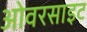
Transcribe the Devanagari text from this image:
ओवरसाइट